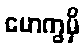
မောက္ခမှိ